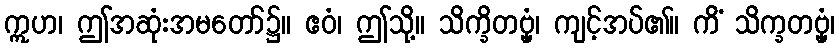
ဣဟ၊ ဤအဆုံးအမတော်၌။ ဧဝံ၊ ဤသို့။ သိက္ခိတဗ္ဗှံ၊ ကျင့်အပ်၏။ ကိံ သိက္ခတဗ္ဗှံ၊